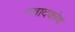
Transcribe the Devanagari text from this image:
स्वादकोष